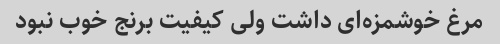
مرغ خوشمزه‌ای داشت ولی کیفیت برنج خوب نبود